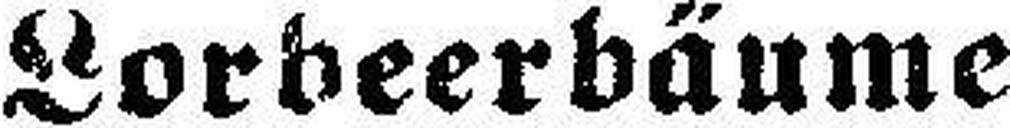
Lorbeerbäume